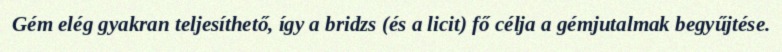
Gém elég gyakran teljesíthető, így a bridzs (és a licit) fő célja a gémjutalmak begyűjtése.